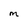
Character: M